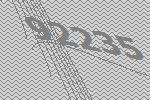
92235